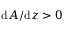
\mathrm { d } A / \mathrm { d } z > 0